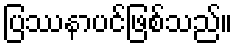
ပြဿနာပင်ဖြစ်သည်။